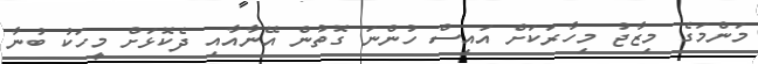
މަންމަގެ މިޒާޖު މިހާރަކަށް އައިސް ހުންނަ ގޮތުން އޭނާއާއި ދެކޮޅަށް މީހަކު ބުނާ